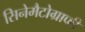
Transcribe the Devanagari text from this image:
सिनेमैटोग्राफी